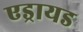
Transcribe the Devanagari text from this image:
एड्रायड